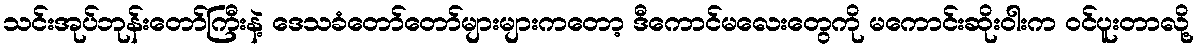
သင်းအုပ်ဘုန်းတော်ကြီးနဲ့ ဒေသခံတော်တော်များများကတော့ ဒီကောင်မလေးတွေကို မကောင်းဆိုးဝါးက ဝင်ပူးတာလို့